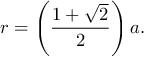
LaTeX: r = \left( { \frac { 1 + { \sqrt { 2 } } } { 2 } } \right) a .